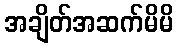
အချိတ်အဆက်မိမိ